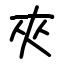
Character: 夾